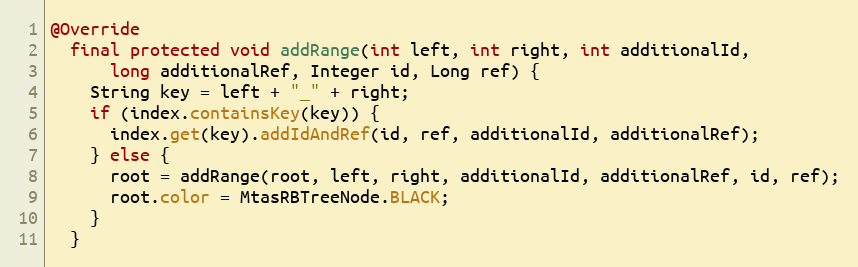
Language: Java
@Override
  final protected void addRange(int left, int right, int additionalId,
      long additionalRef, Integer id, Long ref) {
    String key = left + "_" + right;
    if (index.containsKey(key)) {
      index.get(key).addIdAndRef(id, ref, additionalId, additionalRef);
    } else {
      root = addRange(root, left, right, additionalId, additionalRef, id, ref);
      root.color = MtasRBTreeNode.BLACK;
    }
  }